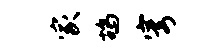
家鸪穹